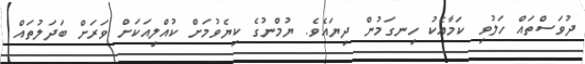
ދުވަސްތައް ހަލުވި ކަމާއެކު ހިނގަމުން ދިޔައެވެ. ޔުމްނުގެ ކިޔެވުމަށް ކުއްލިއަކަށް ވަރަށް ބަދަލުތައް